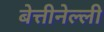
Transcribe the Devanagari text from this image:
बेत्तीनेल्ली